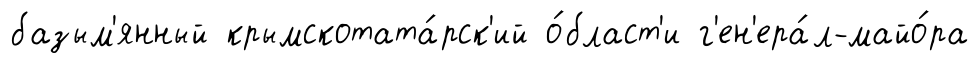
базым'янный крымскотата́рск'ий о́бласт'и г'ен'ера́л-майо́ра